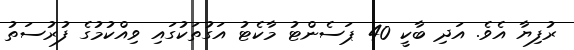
ރުފިޔާ އެވެ. އަދި ބާކީ 40 ޕަސެންޓު މާކެޓު އަގުތަކުގައި ވިއްކުމުގެ ފުރުސަތު